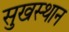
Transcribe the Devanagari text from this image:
सुखस्थान